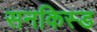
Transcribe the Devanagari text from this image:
सनकिस्ड